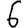
Digit: 6